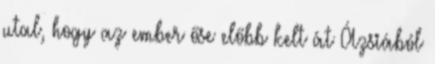
utal, hogy az ember őse előbb kelt át Ázsiából